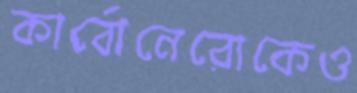
কার্বোনেরোকেও